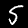
Label: 5